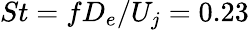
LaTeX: St=fD_{e}/U_{j}=0.23